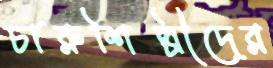
চারুশিল্পীদের